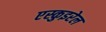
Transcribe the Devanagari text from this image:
एस्कुइरेल